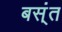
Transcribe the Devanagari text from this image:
बस्ंत